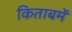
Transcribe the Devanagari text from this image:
किताबमें